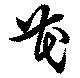
芲